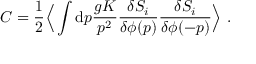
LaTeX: C = { \frac { 1 } { 2 } } \Big \langle \int \mathrm { d } p { \frac { g K } { p ^ { 2 } } } { \frac { \delta S _ { i } } { \delta \phi ( p ) } } { \frac { \delta S _ { i } } { \delta \phi ( - p ) } } \Big \rangle \ .